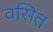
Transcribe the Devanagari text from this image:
वसित